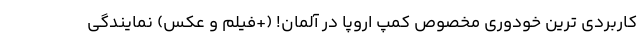
کاربردی ترین خودوری مخصوص کمپ اروپا در آلمان! (+فیلم و عکس) نمایندگی